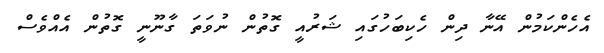
އެހެންކަމުން އޭނާ ދިން ހެކިބަހުގައި ޝަރުއީ ގޮތުން ނުވަތަ ގާނޫނީ ގޮތުން އެއްވެސް